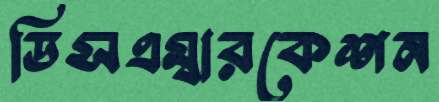
ডিসএম্বারকেশন